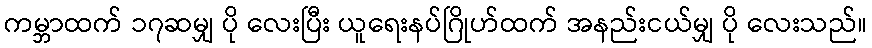
ကမ္ဘာထက် ၁၇ဆမျှ ပို လေးပြီး ယူရေးနပ်ဂြိုဟ်ထက် အနည်းငယ်မျှ ပို လေးသည်။